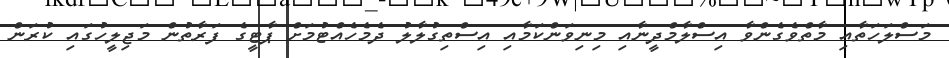
މަސްލަހަތާއި މާތްވެގެންވާ އިސްލާމްދީނާއި މިނިވަންކަމާއި އިސްތިގުލާލު ދެމެހެއްޓުމަށް ޕާޓީގެ ފަރާތުން މަޖިލީހުގައި ކުރަން